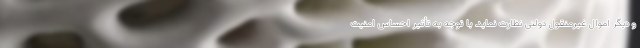
و دیگر اموال غیرمنقول دولتی نظارت نماید. با توجه به تأثیر احساس امنیت